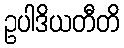
ဥပါဒိယတီတိ